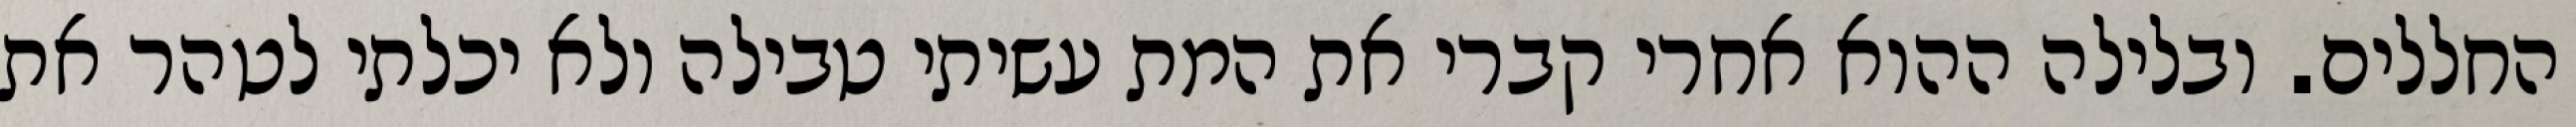
החללים. ובלילה ההוא אחרי קברי את המת עשיתי טבילה ולא יכלתי לטהר את